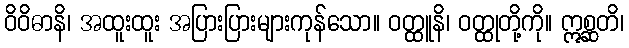
ဝိဝိဓာနိ၊ အထူးထူး အပြားပြားများကုန်သော။ ဝတ္ထူနိ၊ ဝတ္ထုတို့ကို။ ဣစ္ဆတိ၊